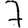
Digit: 7